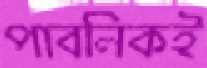
পাবলিকই